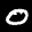
Label: 0